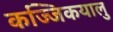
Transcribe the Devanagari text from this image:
कज्जिकयालु